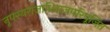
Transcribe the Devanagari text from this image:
नृपस्यराजाधिराजपरिपूजित